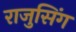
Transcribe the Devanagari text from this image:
राजुसिंग